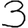
Digit: 3